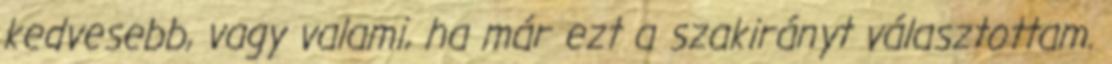
kedvesebb, vagy valami, ha már ezt a szakirányt választottam.